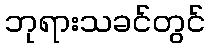
ဘုရားသခင်တွင်